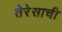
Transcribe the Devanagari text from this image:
तेरेसाची